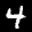
Label: 4